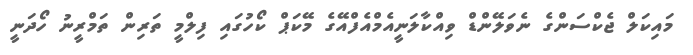
މައިކަލް ޖެކްސަންގެ ނެވަލޭންޑް ވިއްކާލަނީއެމްއެފްއޭގެ މޭކަޕް ކޯހުގައި ފިލްމީ ތަރިން ތަމްރީނު ހޯދަނީ